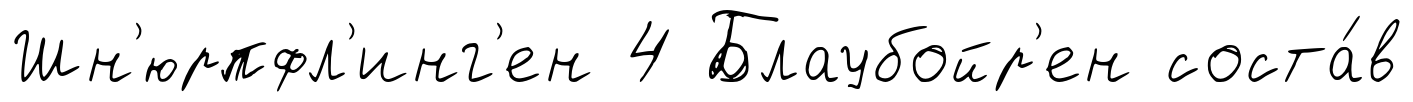
Шн'юрпфл'инг'ен 4 Блаубойр'ен соста́в